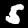
Label: 5